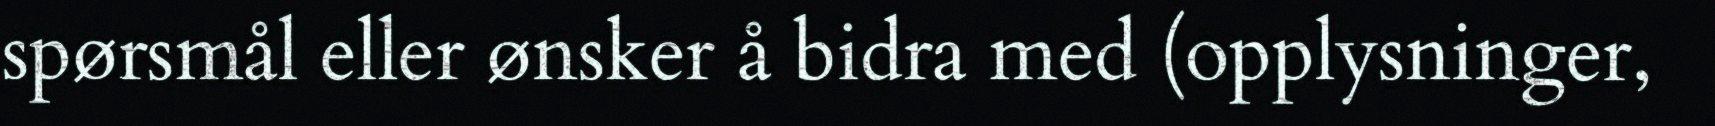
spørsmål eller ønsker å bidra med (opplysninger,